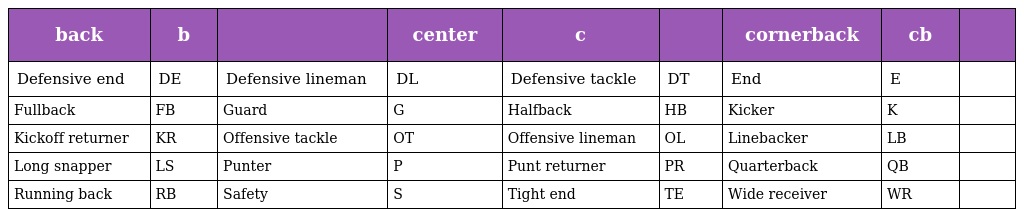
| back | b |  | center | c |  | cornerback | cb |  |
 | --- | --- | --- | --- | --- | --- | --- | --- | --- |
 | Defensive end | DE | Defensive lineman | DL | Defensive tackle | DT | End | E |  |
 | Fullback | FB | Guard | G | Halfback | HB | Kicker | K |  |
 | Kickoff returner | KR | Offensive tackle | OT | Offensive lineman | OL | Linebacker | LB |  |
 | Long snapper | LS | Punter | P | Punt returner | PR | Quarterback | QB |  |
 | Running back | RB | Safety | S | Tight end | TE | Wide receiver | WR |  |